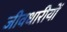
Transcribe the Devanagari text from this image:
जीवधारीयों